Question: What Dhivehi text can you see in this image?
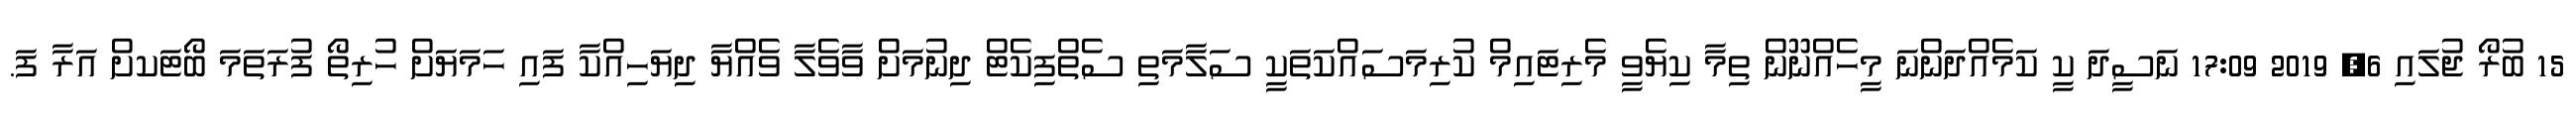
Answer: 15 ބުރޯ ޖުލައި 6, 2019 17:09 ނަސީދަ ކީ ކަމެއްދަންނަ މީހެއްނޫން ތިމާ ކިޔެވީ މެރިޓައިމް ކުރިމަސައްކަތަކީ ސަލާމަތި ސެތްފިކެޓް ދިނުމަށް ވާވެލާ ވެއްޔާ ދިޔަހިއްކާ ފައި ހަމަޔަށް ހުރިތޯ ފުރަތަމަ ބޯޓަކށް އަރާ ފަ.